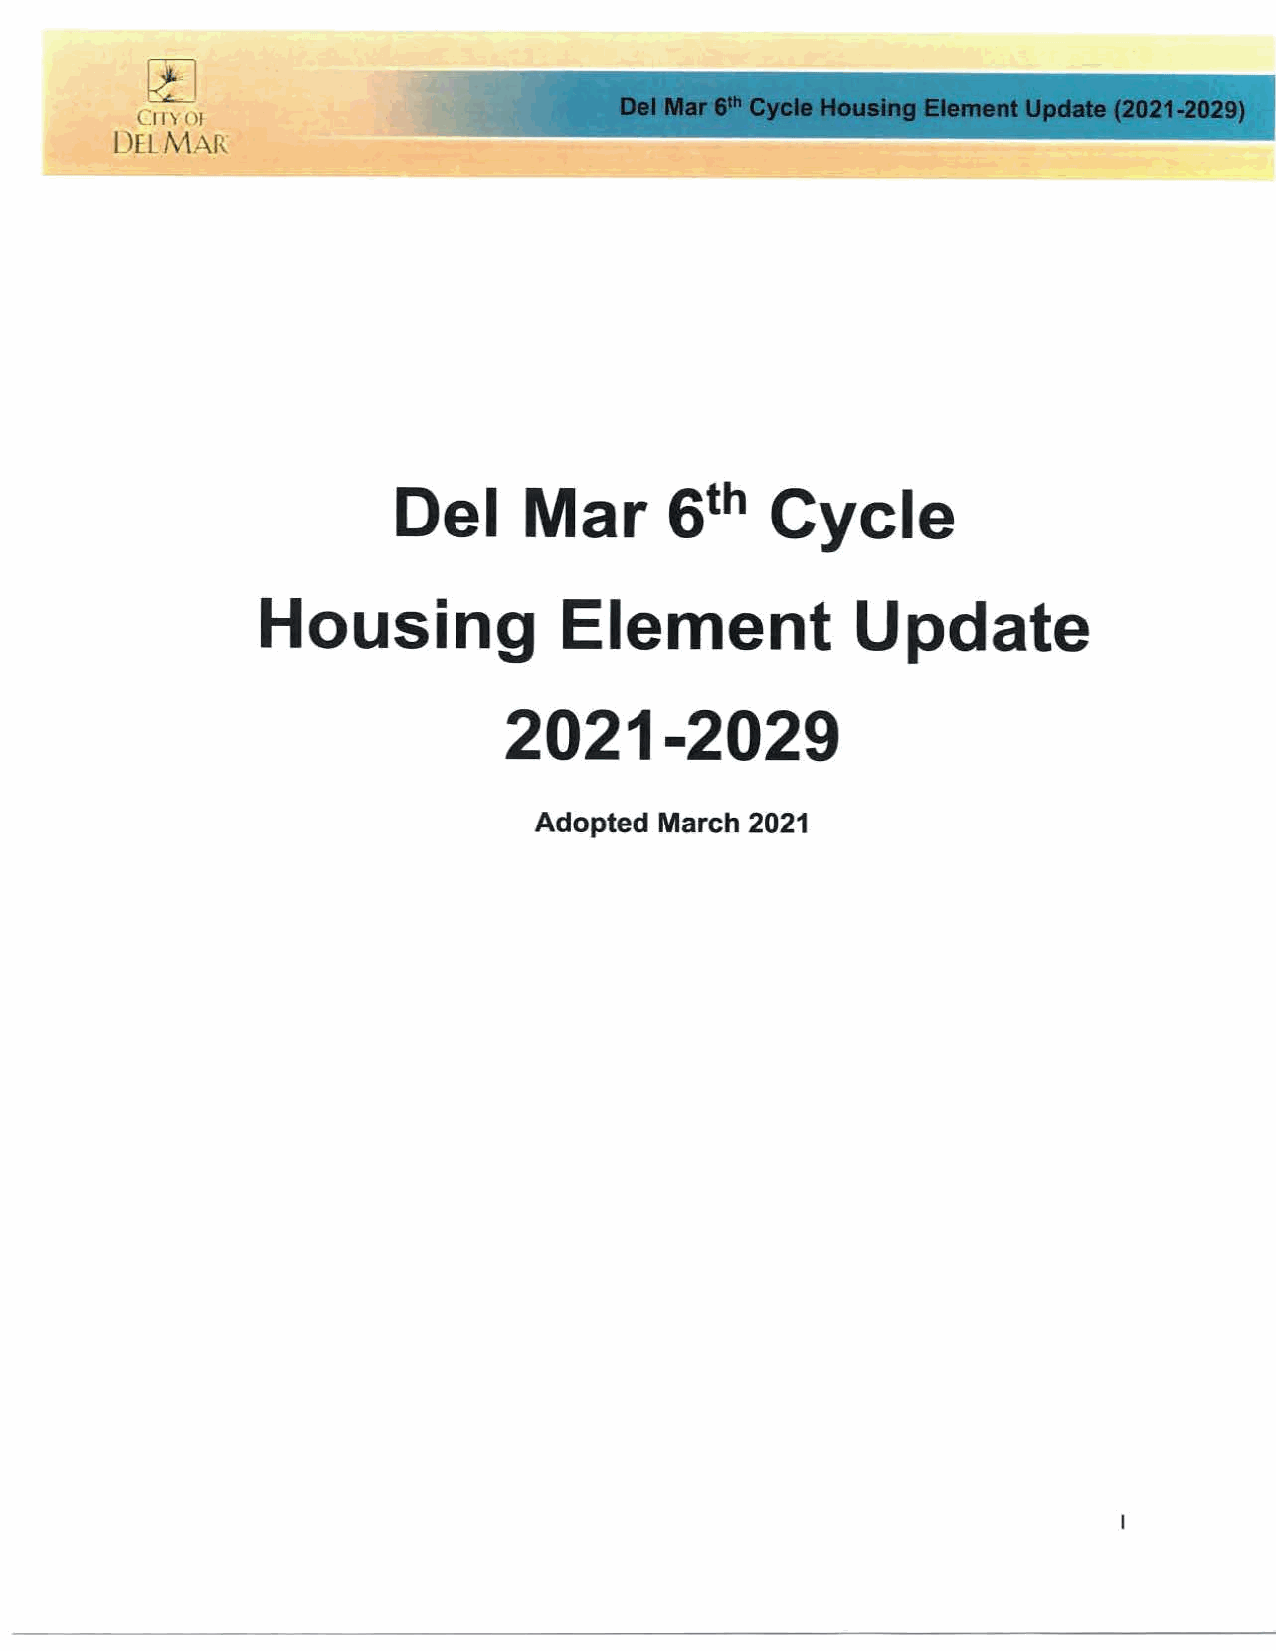
---      -
 _
 • •    21 20 '
 DelC Mi( a t AI r y R       I I    •                   - - - -         029 l
 Del      Mar      6th    Cycle
 Housing             Element             Update
 2021-2029
 Adopted March 2021